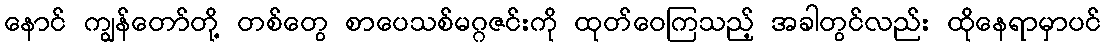
နောင် ကျွန်တော်တို့ တစ်တွေ စာပေသစ်မဂ္ဂဇင်းကို ထုတ်ဝေကြသည့် အခါတွင်လည်း ထိုနေရာမှာပင်